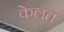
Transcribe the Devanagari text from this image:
केलत